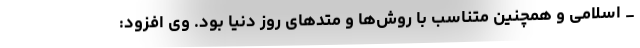
_ اسلامی و همچنین متناسب با روش‌ها و متدهای روز دنیا بود. وی افزود: